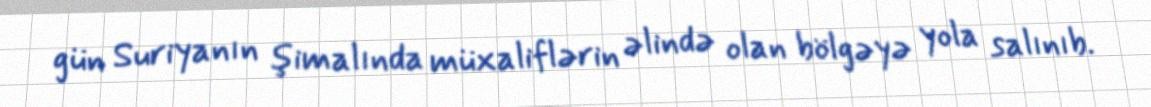
gün Suriyanın şimalında müxaliflərin əlində olan bölgəyə yola salınıb.